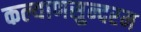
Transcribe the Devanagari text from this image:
कल्याणसुन्दरम